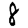
Digit: 8